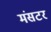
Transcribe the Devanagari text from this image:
मंसटर